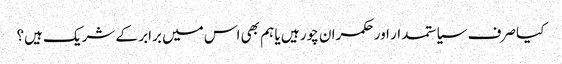
کیا صرف سیاستمدار اور حکمران چور ہیں یا ہم بھی اس میں برابر کے شریک ہیں؟